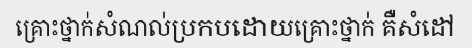
គ្រោះថ្នាក់សំណល់ប្រកបដោយគ្រោះថ្នាក់ គឺសំដៅ